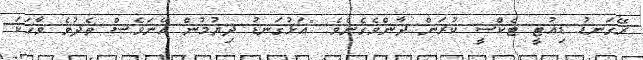
ރޭގަނޑު ޑިއުޓީ ޓެކްސީ ކުރަން ދާންވެގެނެވެ. "އަޅުގަނޑު ދިޔުމުން އޭނަވެސް ތެދުވެ ވާހަކަ